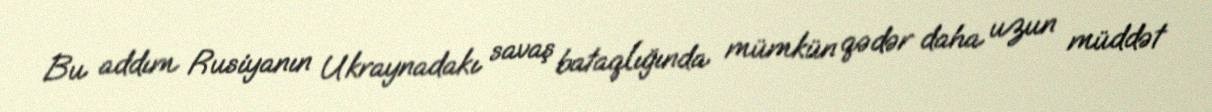
Bu addım Rusiyanın Ukraynadakı savaş bataqlığında mümkün qədər daha uzun müddət